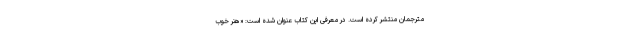
مترجمان منتشر کرده است. در معرفی این کتاب عنوان شده است: «هنر خوب